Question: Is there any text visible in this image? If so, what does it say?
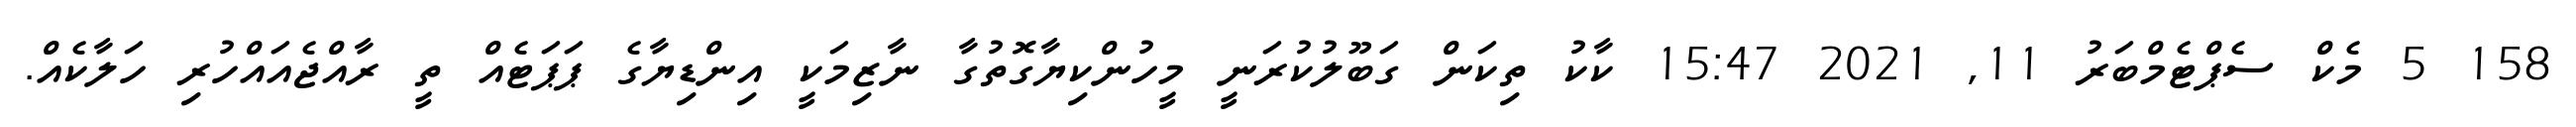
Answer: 158 5 މެކް ސެޕްޓެމްބަރު 11, 2021 15:47 ކާކު ތިކަން ގަބޫލުކުރަނީ މީހުންކިޔާގޮތުގާ ނާޒިމަކީ އިންޑިޔާގެ ޕަޕަޓެއް ތީ ރާއްޖެއައްހުރި ހަލާކެއް.